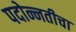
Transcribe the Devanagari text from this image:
पदोन्नतीचा